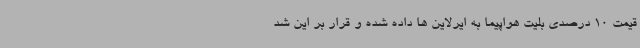
قیمت 10 درصدی بلیت هواپیما به ایرلاین ها داده شده و قرار بر این شد